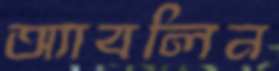
অ্যাবলিন